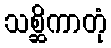
သစ္ဆိကာတုံ